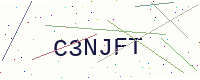
Text: C3NJFT